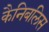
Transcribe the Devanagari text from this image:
कैनिबलिस